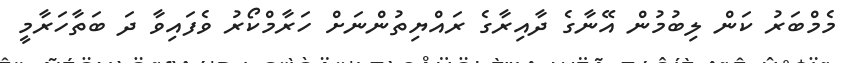
މެމްބަރު ކަން ލިބުމުން އޭނާގެ ދާއިރާގެ ރައްޔިތުންނަށް ހަރާމްކޯރު ވެފައިވާ ދަ ބަތާހަރާމީ